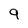
Character: 9